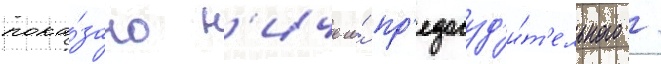
пока́зано н'ичего́ пр'едосуд'и́т'ельного /